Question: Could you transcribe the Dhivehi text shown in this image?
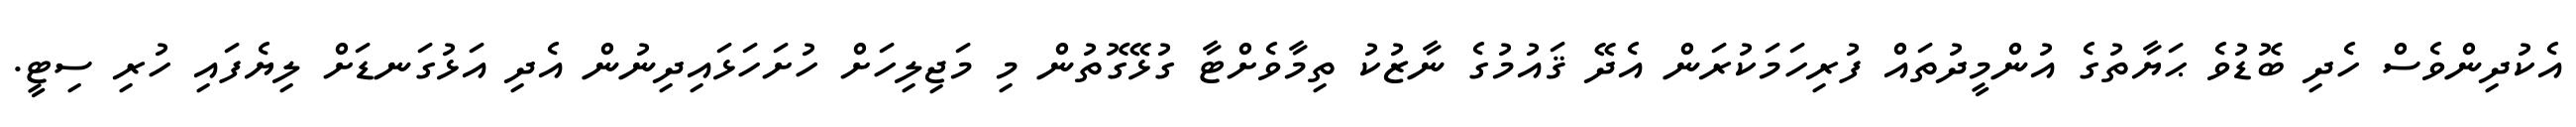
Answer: އެކުދިންވެސް ހެދި ބޮޑުވެ ޙަޔާތުގެ އުންމީދުތައް ފުރިހަމަކުރަން އެދޭ ޤައުމުގެ ނާޒުކު ތިމާވެށްޓާ ގުޅޭގޮތުން މި މަޖިލިހަށް ހުށަހަޅައިދިނުން އެދި އަޅުގަނޑަށް ލިޔެފައި ހުރި ސިޓީ.